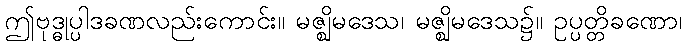
ဤဗုဒ္ဓုပ္ပါဒခဏလည်းကောင်း။ မဇ္ဈိမဒေသ၊ မဇ္ဈိမဒေသ၌။ ဥပ္ပတ္တိခဏော၊